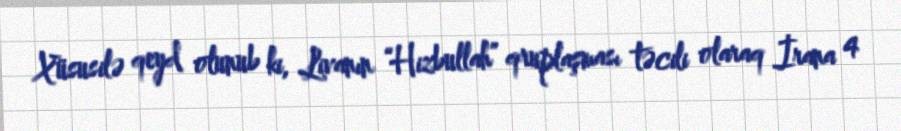
Xüsusilə qeyd olunub ki, Livanın “Hizbullah” qruplaşması təcili olaraq İrana 4